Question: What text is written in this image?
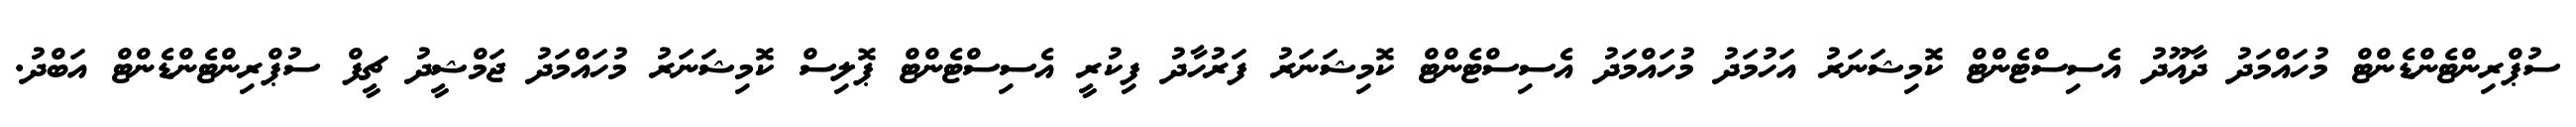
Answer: ސުޕްރިންޓެންޑެންޓް މުހައްމަދު ދާއޫދު އެސިސްޓެންޓް ކޮމިޝަނަރު އަހުމަދު މުހައްމަދު އެސިސްޓެންޓް ކޮމިޝަނަރު ފަރުހާދު ފިކުރީ އެސިސްޓެންޓް ޕޮލިސް ކޮމިޝަނަރު މުހައްމަދު ޖަމްޝީދު ޗީފް ސުޕްރިންޓެންޑެންޓް އަބްދު.